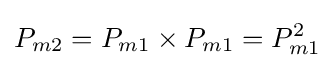
P_{m2}=P_{m1}\times P_{m1}=P_{m1}^{2}